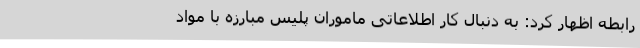
رابطه اظهار کرد: به دنبال کار اطلاعاتی ماموران پلیس مبارزه با مواد